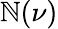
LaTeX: \mathbb{N}(\nu)